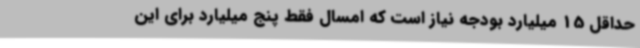
حداقل 15 میلیارد بودجه نیاز است که امسال فقط پنج میلیارد برای این